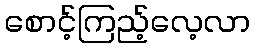
စောင့်ကြည့်လေ့လာ